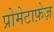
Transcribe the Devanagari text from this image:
प्रोमेटाफ़ेज़